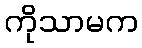
ကိုသာမက